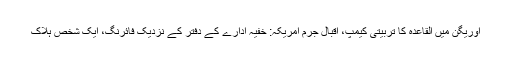
اوریگن میں القاعدہ کا تربیتی کیمپ، اقبال جرم امریکہ: خفیہ ادارے کے دفتر کے نزدیک فائرنگ، ایک شخص ہلاک